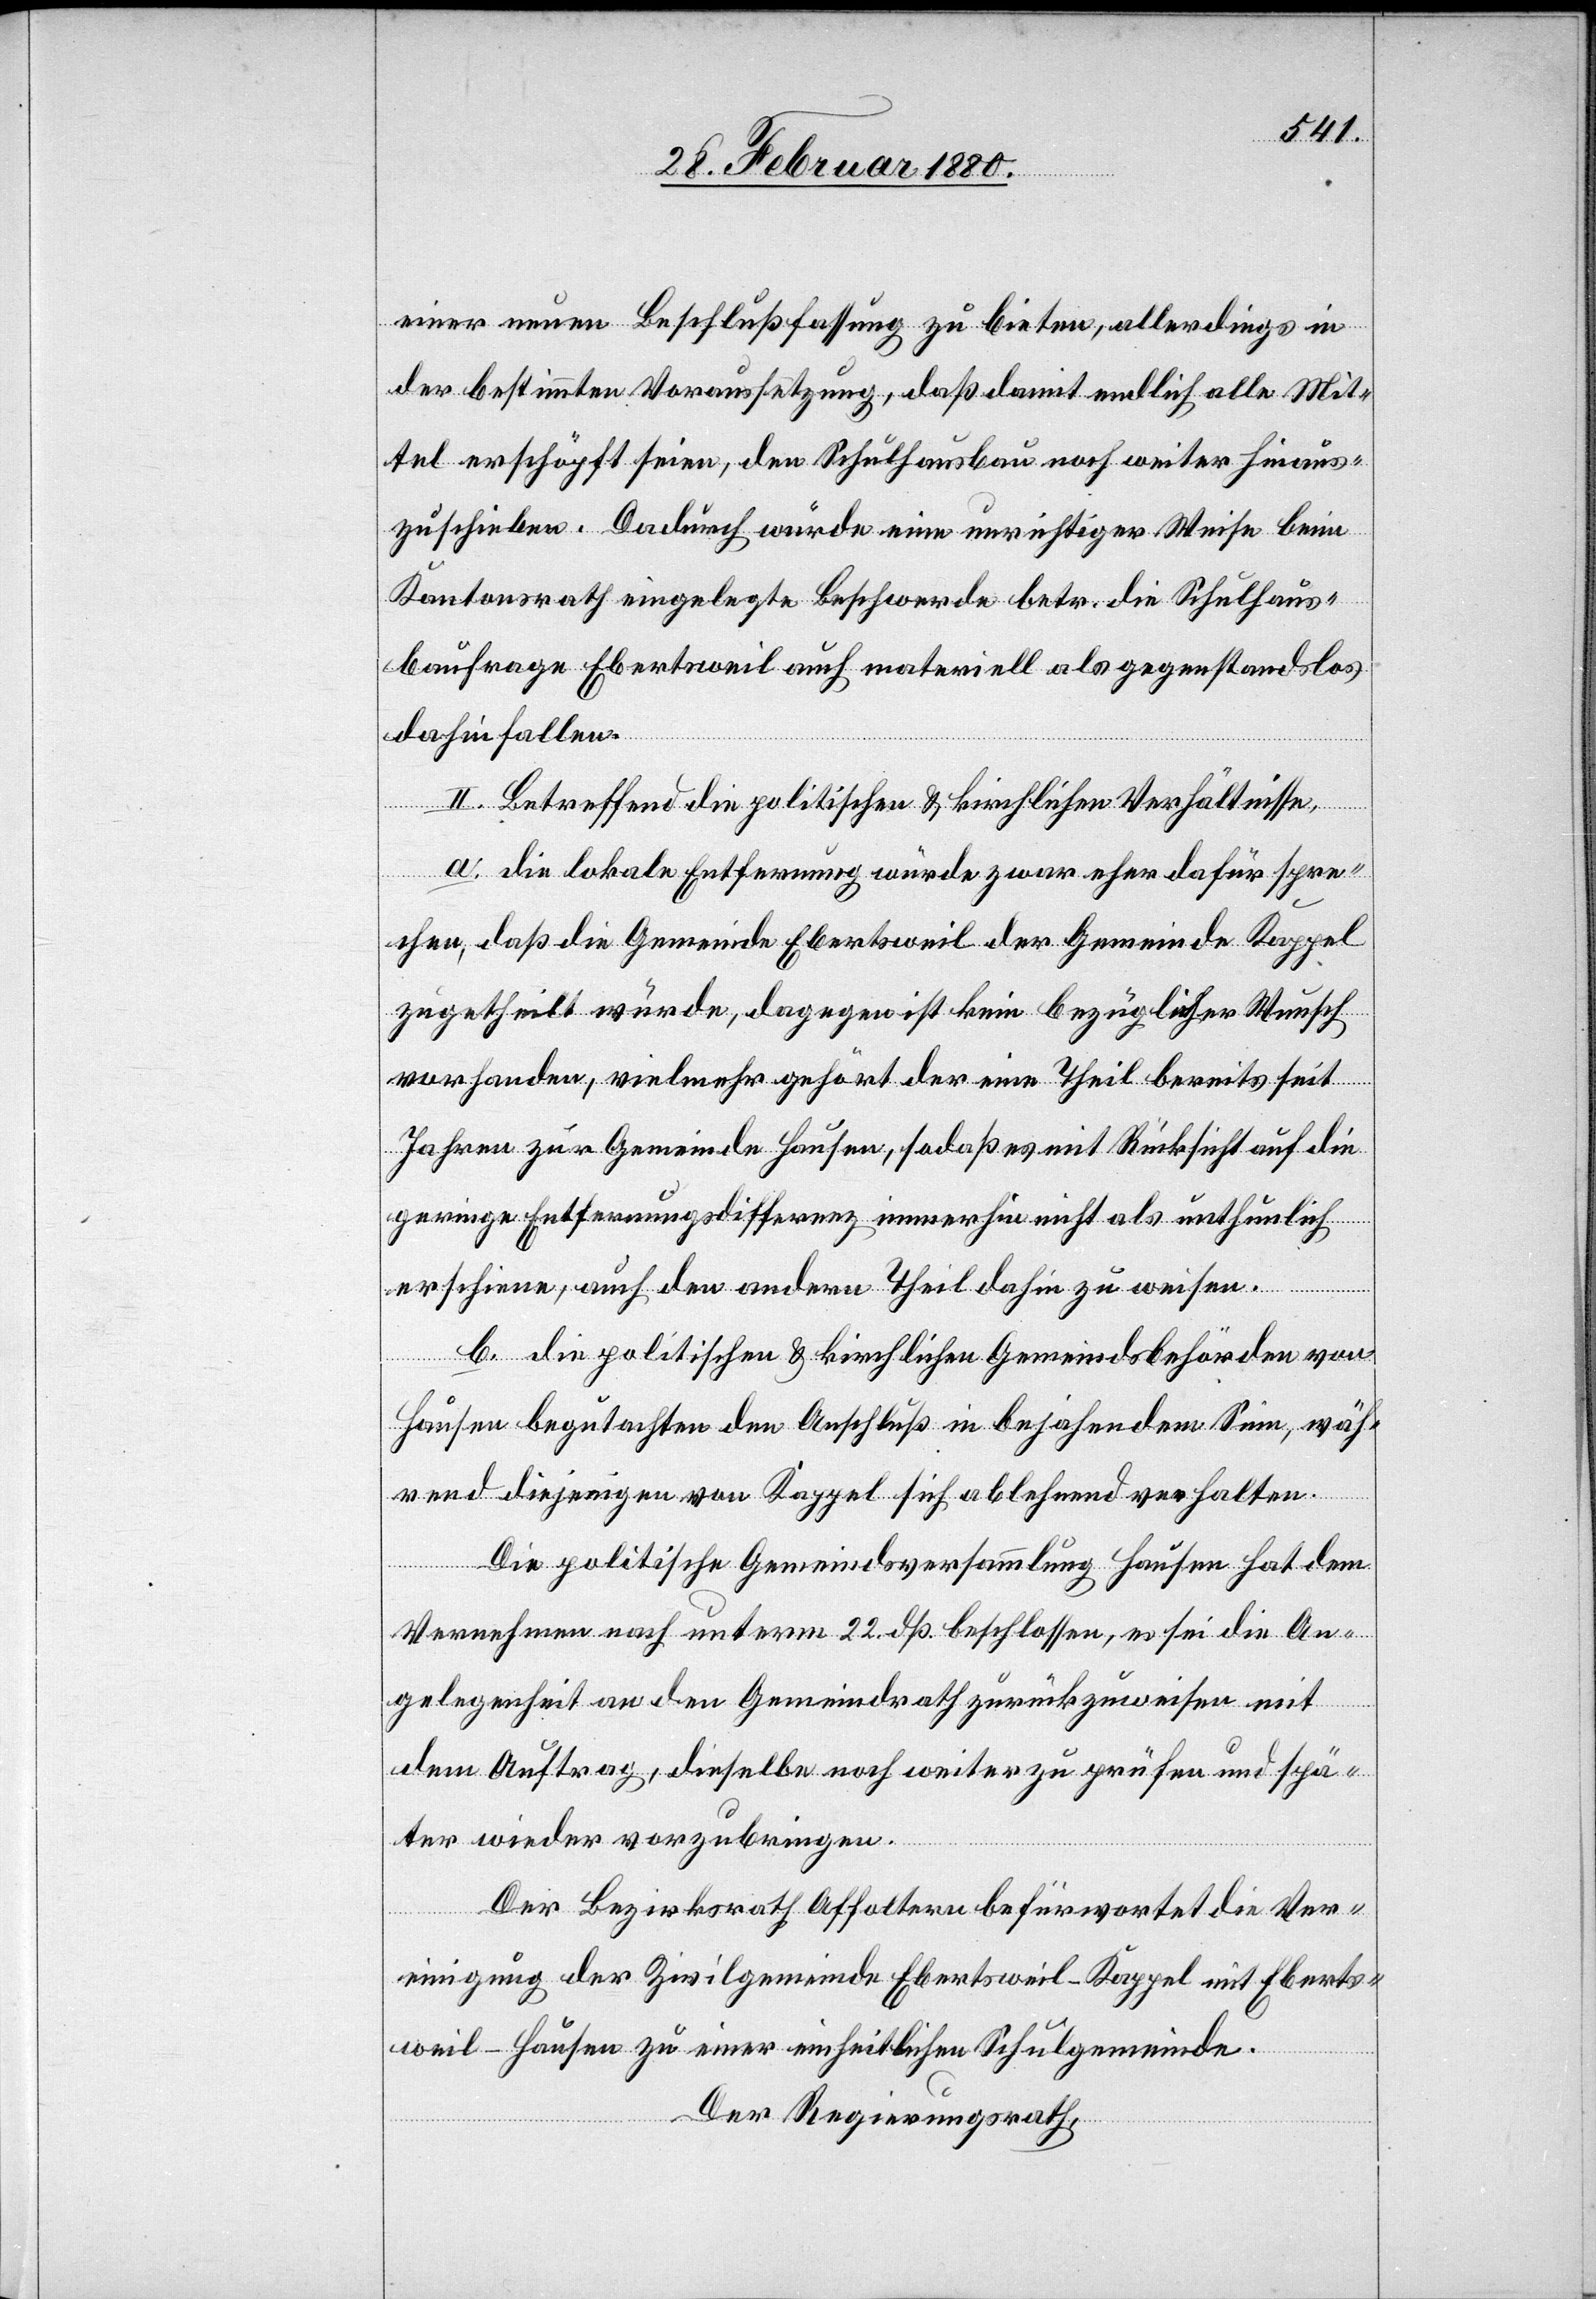
einer neuen Beschlußfassung zu bieten, allerdings in
der bestimmten Voraussetzung, daß damit endlich alle Mit¬
tel erschöpft seien, den Schulhausbau noch weiter hinaus¬
zuschieben. Dadurch würde eine unrichtiger Weise beim
Kantonsrath eingelegte Beschwerde betr. die Schulhaus¬
baufrage Ebertsweil auch materiell als gegenstandslos
dahin fallen.
II. Betreffend die politischen & kirchlichen Verhältnisse,
a. die lokale Entfernung würde zwar eher dafür spre¬
chen, daß die Gemeinde Ebertsweil-Kappel der Gemeinde Kappel
zugetheilt würde, dagegen ist kein bezüglicher Wunsch
vorhanden, vielmehr gehört der eine Theil bereits seit
Jahren zur Gemeinde Hausen, sodaß es mit Rücksicht auf die
geringe Entfernungsdifferenz immerhin nicht als unthunlich
erschiene, auch den andern Theil dahin zu weisen.
b. die politischen & kirchlichen Gemeindsbehörden von
Hausen begutachten den Anschluß in bejahendem Sinn, wäh¬
rend diejenigen von Kappel sich ablehnend verhalten.
Die politische Gemeindsversammlung Hausen hat dem
Vernehmen nach unterm 22. dß. beschlossen, es sei die An¬
gelegenheit an den Gemeindrath zurückzuweisen mit
dem Auftrg, dieselbe noch weiter zu prüfen und spä¬
ter wieder vorzubringen.
Der Bezirksrath Affoltern befürwortet die Ver¬
einigung der Zivilgemeinde Ebertsweil-Kappel mit Eberts¬
weil-Hausen zu einer einheitlichen Schulgemeinde.
Der Regierungsrath,